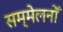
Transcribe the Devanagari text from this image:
सम्मेलनोँ